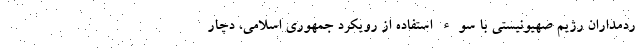
ردمداران رژیم صهیونیستی با سوء استفاده از رویکرد جمهوری اسلامی، دچار